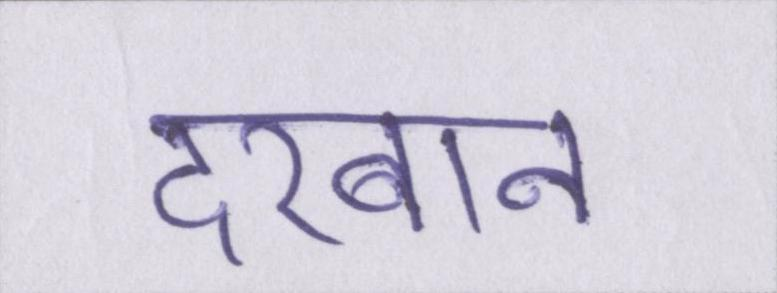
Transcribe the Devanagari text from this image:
दरबान